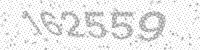
Solution: 162559